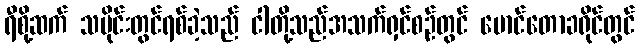
ရီစို့ဆက် သမိုင်းတွင်ရစ်ခဲ့သည် ငါတို့သည်အသက်ရှင်စဉ်တွင် မောင်တောခရိုင်တွင်